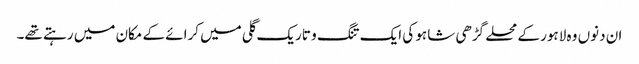
ان دنوں وہ لاہور کے محلے گڑھی شاہو کی ایک تنگ و تاریک گلی میں کرائے کے مکان میں رہتے تھے۔